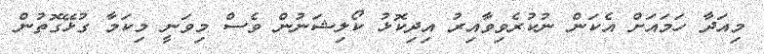
މިއަދާ ހަމައަށް އެކަން ނުކުރެވިވާއިރު އިދިކޮޅު ކޯލިޝަނުން ވެސް މިވަނީ މިކަމާ ގުޅޭގޮތުން